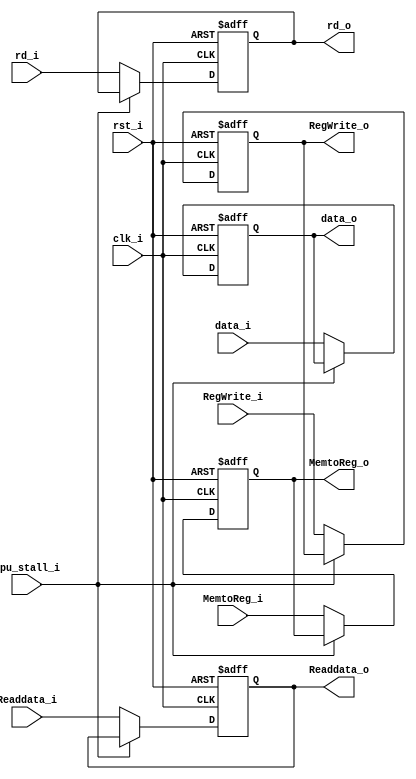
module MEM_WB
(
    RegWrite_i,
    MemtoReg_i,
    data_i,
    Readdata_i,
    rd_i,
    clk_i,
    rst_i,
    cpu_stall_i,
    RegWrite_o,
    MemtoReg_o,
    data_o,
    Readdata_o,
    rd_o,
);

// Ports
input               RegWrite_i;
input               MemtoReg_i;
input   [31:0]      data_i;
input   [31:0]      Readdata_i;
input   [4:0]       rd_i;
input               clk_i;
input               rst_i;
input               cpu_stall_i;
output              RegWrite_o;
output              MemtoReg_o;
output  [31:0]      data_o;
output  [31:0]      Readdata_o;
output  [4:0]       rd_o;

reg                 RegWrite_o;
reg                 MemtoReg_o;
reg     [31:0]      data_o;
reg     [31:0]      Readdata_o;
reg     [4:0]       rd_o;

always@(posedge clk_i or posedge rst_i) begin
        if(rst_i) begin
            RegWrite_o <= 0;
            MemtoReg_o <= 0;
            data_o <= 32'b0;
            Readdata_o <= 32'b0;
            rd_o <= 5'b0;
        end
        //if (RegWrite_i or MemtoReg_i or data_i or Readdata_i or rd_i) begin
        else if(~cpu_stall_i) begin
            RegWrite_o <= RegWrite_i;
            MemtoReg_o <= MemtoReg_i;
            data_o <= data_i;
            Readdata_o <= Readdata_i;
            rd_o <= rd_i;
        end
end

endmodule